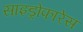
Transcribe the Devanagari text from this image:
साइड्रोफारेस